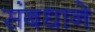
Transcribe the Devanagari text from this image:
संबधाने